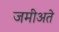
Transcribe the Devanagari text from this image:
जमीअते